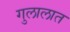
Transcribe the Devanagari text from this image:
गुलालात